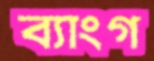
ব্যাংগ